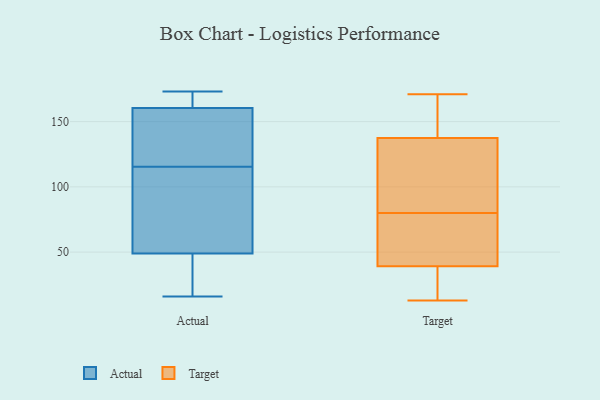
{"axis": {"x": "Backlog", "y": "Value"}, "legend": ["Actual", "Target"], "data": [{"x": "", "y": 162, "type": "Actual"}, {"x": "", "y": 59, "type": "Actual"}, {"x": "", "y": 169, "type": "Actual"}, {"x": "", "y": 159, "type": "Actual"}, {"x": "", "y": 39, "type": "Actual"}, {"x": "", "y": 116, "type": "Actual"}, {"x": "", "y": 16, "type": "Actual"}, {"x": "", "y": 59, "type": "Actual"}, {"x": "", "y": 115, "type": "Actual"}, {"x": "", "y": 125, "type": "Actual"}, {"x": "", "y": 31, "type": "Actual"}, {"x": "", "y": 173, "type": "Actual"}, {"x": "", "y": 34, "type": "Target"}, {"x": "", "y": 43, "type": "Target"}, {"x": "", "y": 150, "type": "Target"}, {"x": "", "y": 80, "type": "Target"}, {"x": "", "y": 100, "type": "Target"}, {"x": "", "y": 55, "type": "Target"}, {"x": "", "y": 171, "type": "Target"}, {"x": "", "y": 89, "type": "Target"}, {"x": "", "y": 168, "type": "Target"}, {"x": "", "y": 13, "type": "Target"}, {"x": "", "y": 38, "type": "Target"}]}